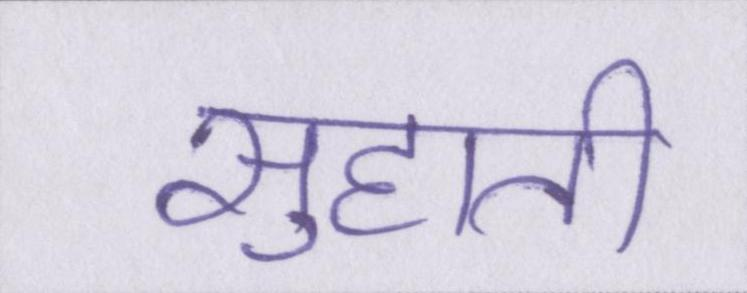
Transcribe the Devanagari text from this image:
सुहाती